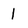
Character: 1